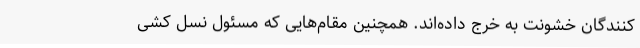
کنندگان خشونت به خرج داده‌اند. همچنین مقام‌هایی که مسئول نسل کشی